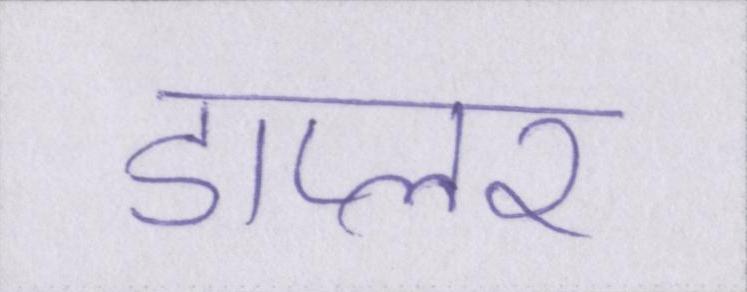
डाप्लर